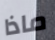
ماذا